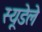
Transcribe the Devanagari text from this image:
स्यूडेले